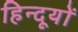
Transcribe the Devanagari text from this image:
हिन्दूयों